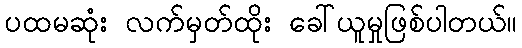
ပထမဆုံး လက်မှတ်ထိုး ခေါ်ယူမှုဖြစ်ပါတယ်။